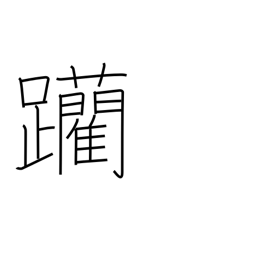
Meaning: edge forward